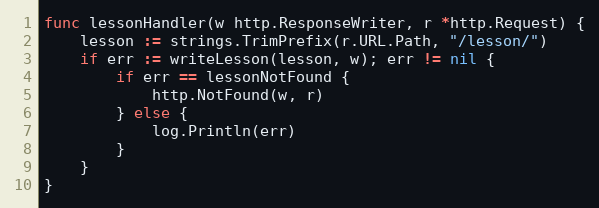
Language: Go
func lessonHandler(w http.ResponseWriter, r *http.Request) {
	lesson := strings.TrimPrefix(r.URL.Path, "/lesson/")
	if err := writeLesson(lesson, w); err != nil {
		if err == lessonNotFound {
			http.NotFound(w, r)
		} else {
			log.Println(err)
		}
	}
}